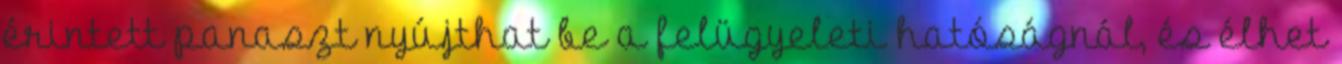
érintett panaszt nyújthat be a felügyeleti hatóságnál, és élhet